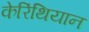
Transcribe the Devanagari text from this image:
केरिंथियान